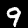
Digit: 9